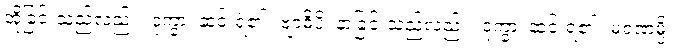
အိုခြင်းသည်လည်း။ ဒုက္ခာ၊ ဆင်းရဲ၏။ ဗျာဓိပိ၊ နာခြင်းသည်လည်း။ ဒုက္ခာ၊ ဆင်းရဲ၏။ မရဏမ္ပိ၊